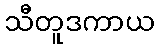
သီတူဒကာယ